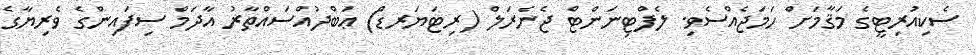
ސެކިއުރިޓީގެ މަޤާމަށް ހަމަޖެއްސެވި. ލެފްޓިނަންޓް ޖެނެރަލް (ރިޓަަޔަރޑް) ޢަބްދުއްސައްތާރު އާދަމް ސިފައިންގެ ވެރިޔާގެ